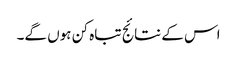
اس کے نتائج تباہ کن ہوں گے۔